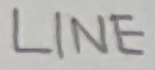
Text: LINE